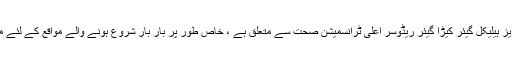
4 ایس سیریز ہیلیکل گیئر کیڑا گیئر ریڈوسر اعلی ٹرانسمیشن صحت سے متعلق ہے ، خاص طور پر بار بار شروع ہونے والے مواقع کے لئے موزوں ہے۔